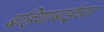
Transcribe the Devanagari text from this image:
बहिणाबाईच्‍या